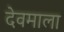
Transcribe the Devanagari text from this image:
देवमाला